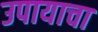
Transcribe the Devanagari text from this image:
उपायाचा